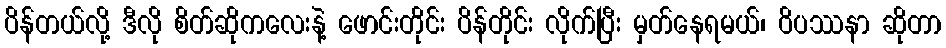
ပိန်တယ်လို့ ဒီလို စိတ်ဆိုကလေးနဲ့ ဖောင်းတိုင်း ပိန်တိုင်း လိုက်ပြီး မှတ်နေရမယ်၊ ဝိပဿနာ ဆိုတာ